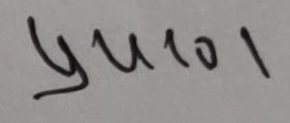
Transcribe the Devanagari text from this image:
चुरो १